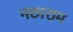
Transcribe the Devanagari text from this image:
नछाराम